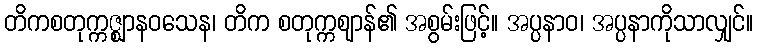
တိကစတုက္ကဇ္ဈာနဝသေန၊ တိက စတုက္ကဈာန်၏ အစွမ်းဖြင့်။ အပ္ပနာဝ၊ အပ္ပနာကိုသာလျှင်။